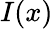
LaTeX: I(x)